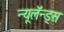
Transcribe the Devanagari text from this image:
न्यूलॅन्ड्स